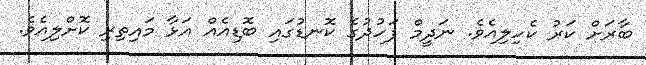
ބާރަށް ކަރު ކެހިލިއެވެ. ނަދީމް ފަހުދުގެ ކޮނޑުގައި ބޮޑިއެއް އަޅާ މައިތިރި ކޮށްލިއެވެ.